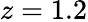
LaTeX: z=1.2